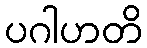
ပဂါဟတိ